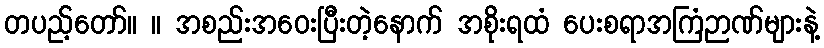
တပည့်တော်။ ။ အစည်းအဝေးပြီးတဲ့နောက် အစိုးရထံ ပေးစရာအကြံဉာဏ်များနဲ့